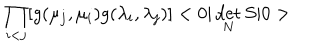
\prod _ { i < j } [ g ( \mu _ { j } , \mu _ { i } ) g ( \lambda _ { i } , \lambda _ { j } ) ] < 0 | \det _ { N } S | 0 >